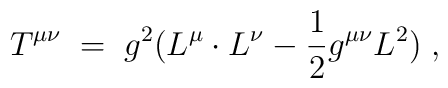
T^{\mu \nu} \;=\; g^2 ( L^{\mu} \cdot L^{\nu} -\frac{1}{2} g^{\mu \nu} L^{2} ) \;,